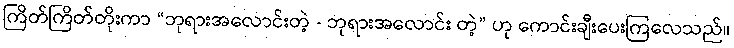
ကြိတ်ကြိတ်တိုးကာ “ဘုရားအလောင်းတဲ့ - ဘုရားအလောင်း တဲ့” ဟု ကောင်းချီးပေးကြလေသည်။